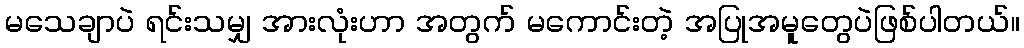
မသေချာပဲ ရင်းသမျှ အားလုံးဟာ အတွက် မကောင်းတဲ့ အပြုအမူတွေပဲဖြစ်ပါတယ်။